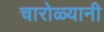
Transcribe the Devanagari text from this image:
चारोळ्यानी